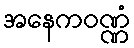
အနေကဝဏ္ဏံ